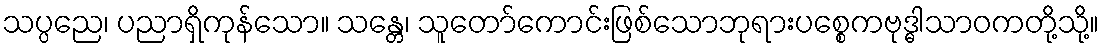
သပ္ပညေ၊ ပညာရှိကုန်သော။ သန္တေ၊ သူတော်ကောင်းဖြစ်သောဘုရားပစ္စေကဗုဒ္ဓါသာဝကတို့သို့။